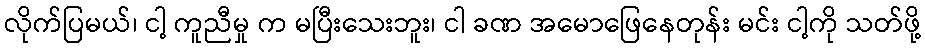
လိုက်ပြမယ်၊ ငါ့ ကူညီမှု က မပြီးသေးဘူး၊ ငါ ခဏ အမောဖြေနေတုန်း မင်း ငါ့ကို သတ်ဖို့